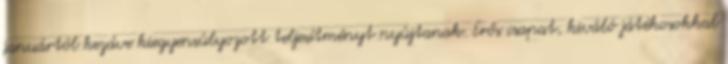
januártól kezdve kiegyensúlyozott teljesítményt nyújtanak. Erős csapat, kiváló játékosokkal